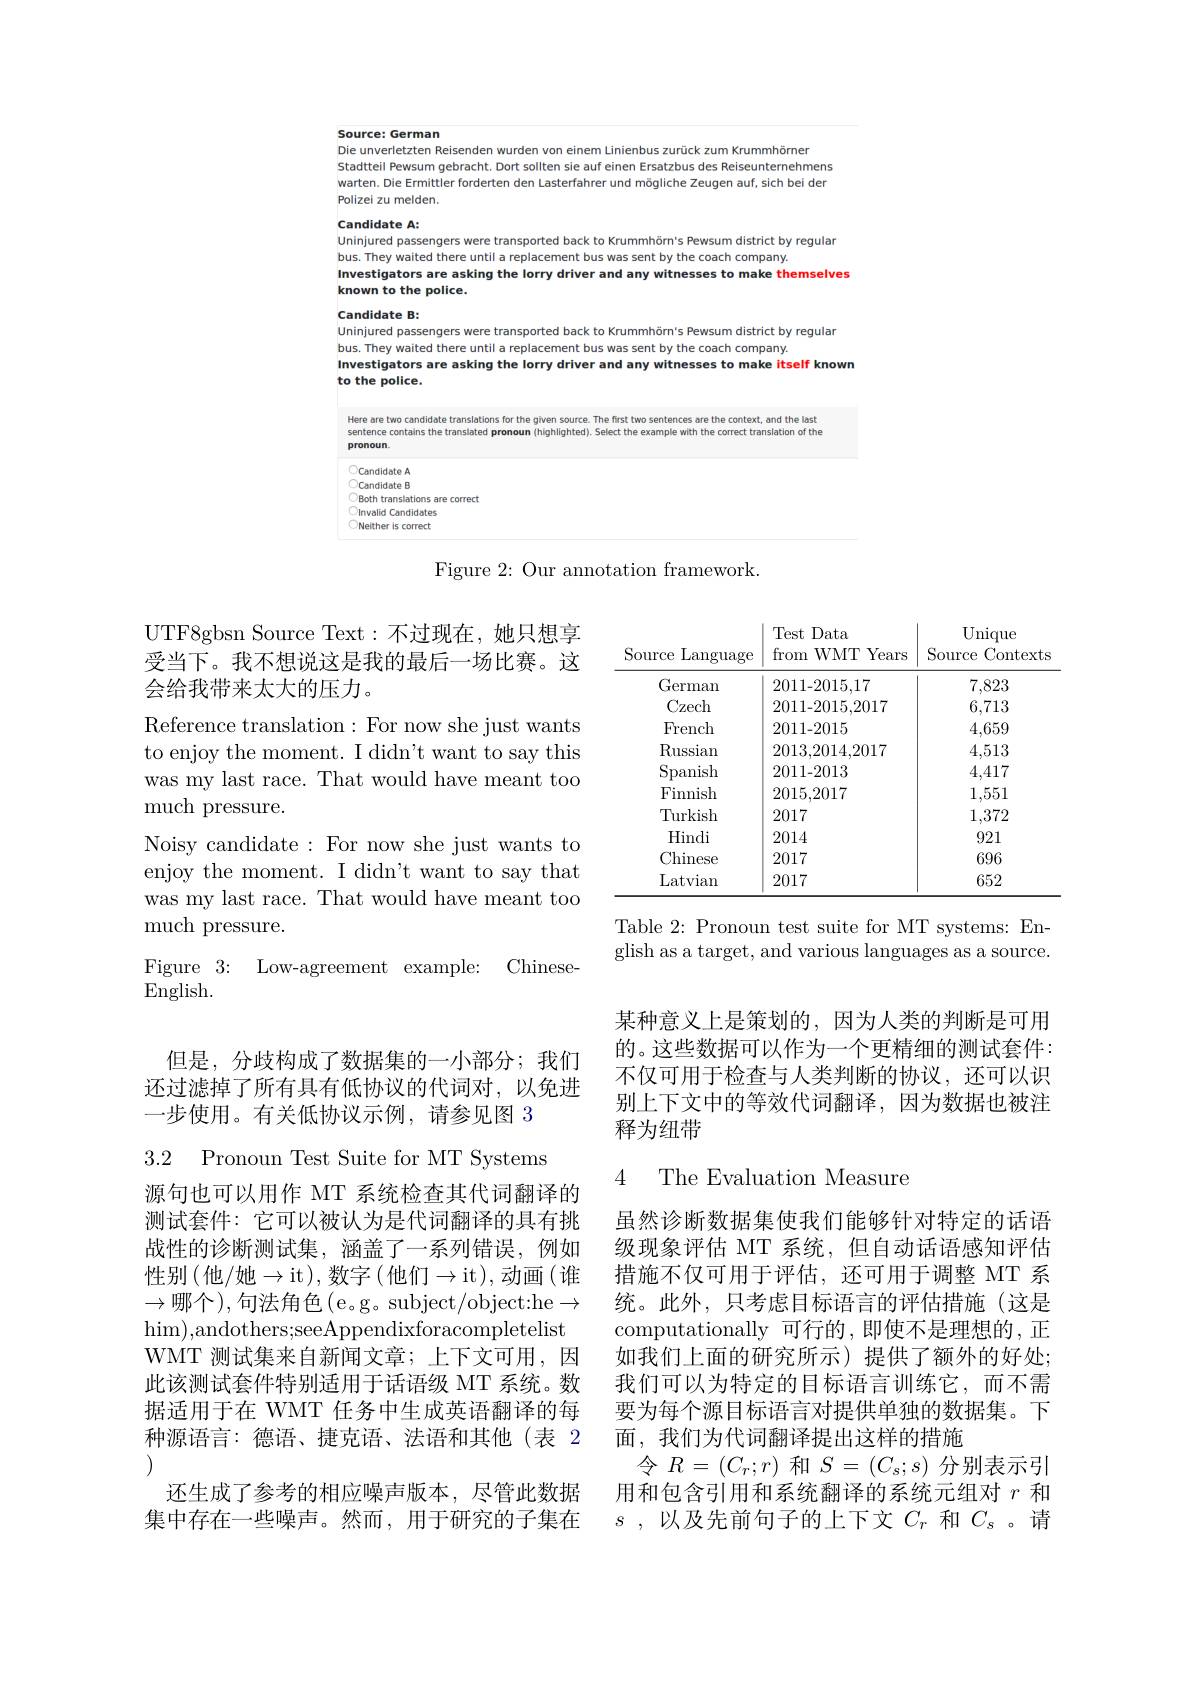
Source: German
Die unverletzten Reisenden wurden von einem Linienbus zurück zum Krummhörner

Stadtteil Pewsum gebracht. Dort sollten sie auf einen Ersatzbus des Reiseunternehmens warten. Die Ermittler forderten den Lasterfahrer und mögliche Zeugen auf, sich bei der Polizei zu melden.

### Candidate A: Uninjured passengers were transported back to Krummhörn's Pewsum district by regular

bus. They waited there until a replacement bus was sent by the coach company
Investigators are asking the lorry driver and any witnesses to make themselves
known to the police.
Candidate B:

### Uninjured passengers were transported back to Krummhörn's Pewsum district by regular

bus. They waited there until a replacement bus was sent by the coach company.
Investigators are asking the lorry driver and any witnesses to make itself known
to the police.

<FigureHere>

Figure 2: Our annotation framework.

<table>
	<tbody>
		<tr>
			<th>Source Language</th>
			<th>Test Data from $WMT$ Years 1</th>
			<th>Unique Source Contexts</th>
		</tr>
		<tr>
			<td>German</td>
			<td>2011-2015,17</td>
			<td>7,823</td>
		</tr>
		<tr>
			<td>Czech</td>
			<td>2011-2015,2017</td>
			<td>6,713</td>
		</tr>
		<tr>
			<td>French</td>
			<td>2011-2015</td>
			<td>4,659</td>
		</tr>
		<tr>
			<td>$\operatorname{Russian}$</td>
			<td>2013,2014,2017</td>
			<td>4,513</td>
		</tr>
		<tr>
			<td>Spanish</td>
			<td>2011-2013</td>
			<td>4,417</td>
		</tr>
		<tr>
			<td>Finnish</td>
			<td>2015,2017</td>
			<td>1,551</td>
		</tr>
		<tr>
			<td>Turkish</td>
			<td>2017</td>
			<td>1,372</td>
		</tr>
		<tr>
			<td>Hindi</td>
			<td>2014</td>
			<td>921</td>
		</tr>
		<tr>
			<td>Chinese</td>
			<td>2017</td>
			<td>696</td>
		</tr>
		<tr>
			<td>Latvian</td>
			<td>2017</td>
			<td>652</td>
		</tr>
	</tbody>
</table>

Table 2: Pronoun test suite for MT systems: English as a target, and various languages as a source.

UTF8gbsn Source Text:不过现在，她只想享受当下。我不想说这是我的最后一场比赛。这会给我带来太大的压力。
Reference translation: For now she just wants to enjoy the moment. I didn't want to say this was my last race. That would have meant too much pressure.
Noisy candidate: For now she just wants to enjoy the moment. I didn't want to say that was my last race. That would have meant too much pressure.
Figure 3{:} Low-agreement example: Chinese-
English.

但是，分歧构成了数据集的一小部分；我们还过滤掉了所有具有低协议的代词对，以免进一步使用。有关低协议示例，请参见图 3

3.2 Pronoun Test Suite for MT Systems

源句也可以用作 MT 系统检查其代词翻译的测试套件：它可以被认为是代词翻译的具有挑战性的诊断测试集，涵盖了一系列错误，例如性别(他/她$\to$it),数字(他们$\to$it),动画(谁$\to$哪个),句法角色(e。g。subject/object:he$\to$ $\hom)$,andothers;seeAppendixforacompletelist WMT 测试集来自新闻文章；上下文可用，因此该测试套件特别适用于话语级 MT 系统。数据适用于在 WMT 任务中生成英语翻译的每种源语言：德语、捷克语、法语和其他(表 2 (1)
还生成了参考的相应噪声版本，尽管此数据集中存在一些噪声。然而，用于研究的子集在

某种意义上是策划的，因为人类的判断是可用的。这些数据可以作为一个更精细的测试套件： 不仅可用于检查与人类判断的协议，还可以识别上下文中的等效代词翻译，因为数据也被注释为纽带

## 4 The Evaluation Measure

虽然诊断数据集使我们能够针对特定的话语级现象评估 MT 系统，但自动话语感知评估措施不仅可用于评估，还可用于调整 MT 系统。此外，只考虑目标语言的评估措施(这是computationally 可行的，即使不是理想的，正如我们上面的研究所示)提供了额外的好处； 我们可以为特定的目标语言训练它，而不需要为每个源目标语言对提供单独的数据集。下面，我们为代词翻译提出这样的措施
令$R=(C_r;r)$和$S=(C_s;s)$分别表示引用和包含引用和系统翻译的系统元组对$r$和$s$ , 以及先前句子的上下文$C_r$和$C_s$ 。请